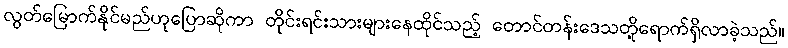
လွတ်မြောက်နိုင်မည်ဟုပြောဆိုကာ တိုင်းရင်းသားများနေထိုင်သည့် တောင်တန်းဒေသတို့ရောက်ရှိလာခဲ့သည်။